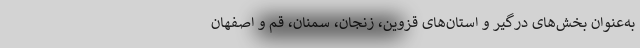
به‌عنوان بخش‌های درگیر و استان‌های قزوین، زنجان، سمنان، قم و اصفهان